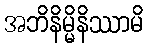
အဘိနိမ္မိနိဿာမိ